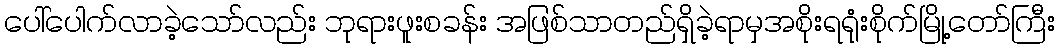
ပေါ်ပေါက်လာခဲ့သော်လည်း ဘုရားဖူးစခန်း အဖြစ်သာတည်ရှိခဲ့ရာမှအစိုးရရုံးစိုက်မြို့တော်ကြီး